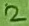
Text: 2